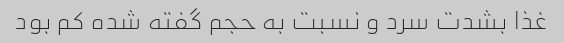
غذا بشدت سرد و نسبت به حجم گفته شده کم بود